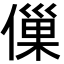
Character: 㑿